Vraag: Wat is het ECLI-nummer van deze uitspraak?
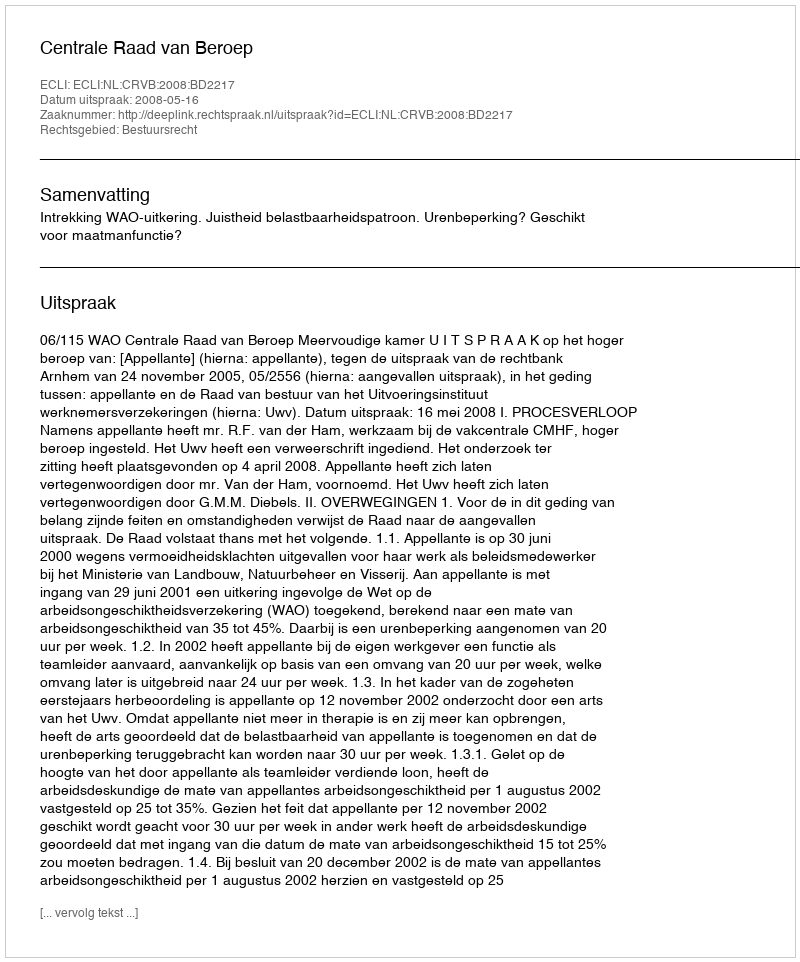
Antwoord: ECLI:NL:CRVB:2008:BD2217